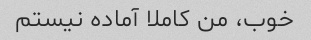
خوب، من کاملا آماده نیستم